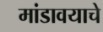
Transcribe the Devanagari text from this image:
मांडावयाचे